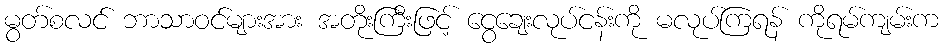
မွတ်စလင် ဘာသာဝင်များအား အတိုးကြီးဖြင့် ငွေချေးလုပ်ငန်းကို မလုပ်ကြရန် ကိုရမ်ကျမ်းက